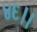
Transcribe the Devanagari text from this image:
४६।।